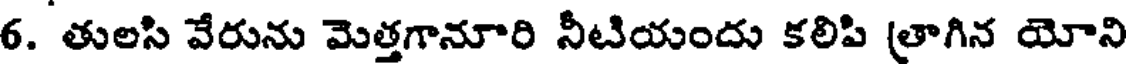
6. తులసి వేరును మెత్తగానూరి నీటియందు కలిపి త్రాగిన యోని